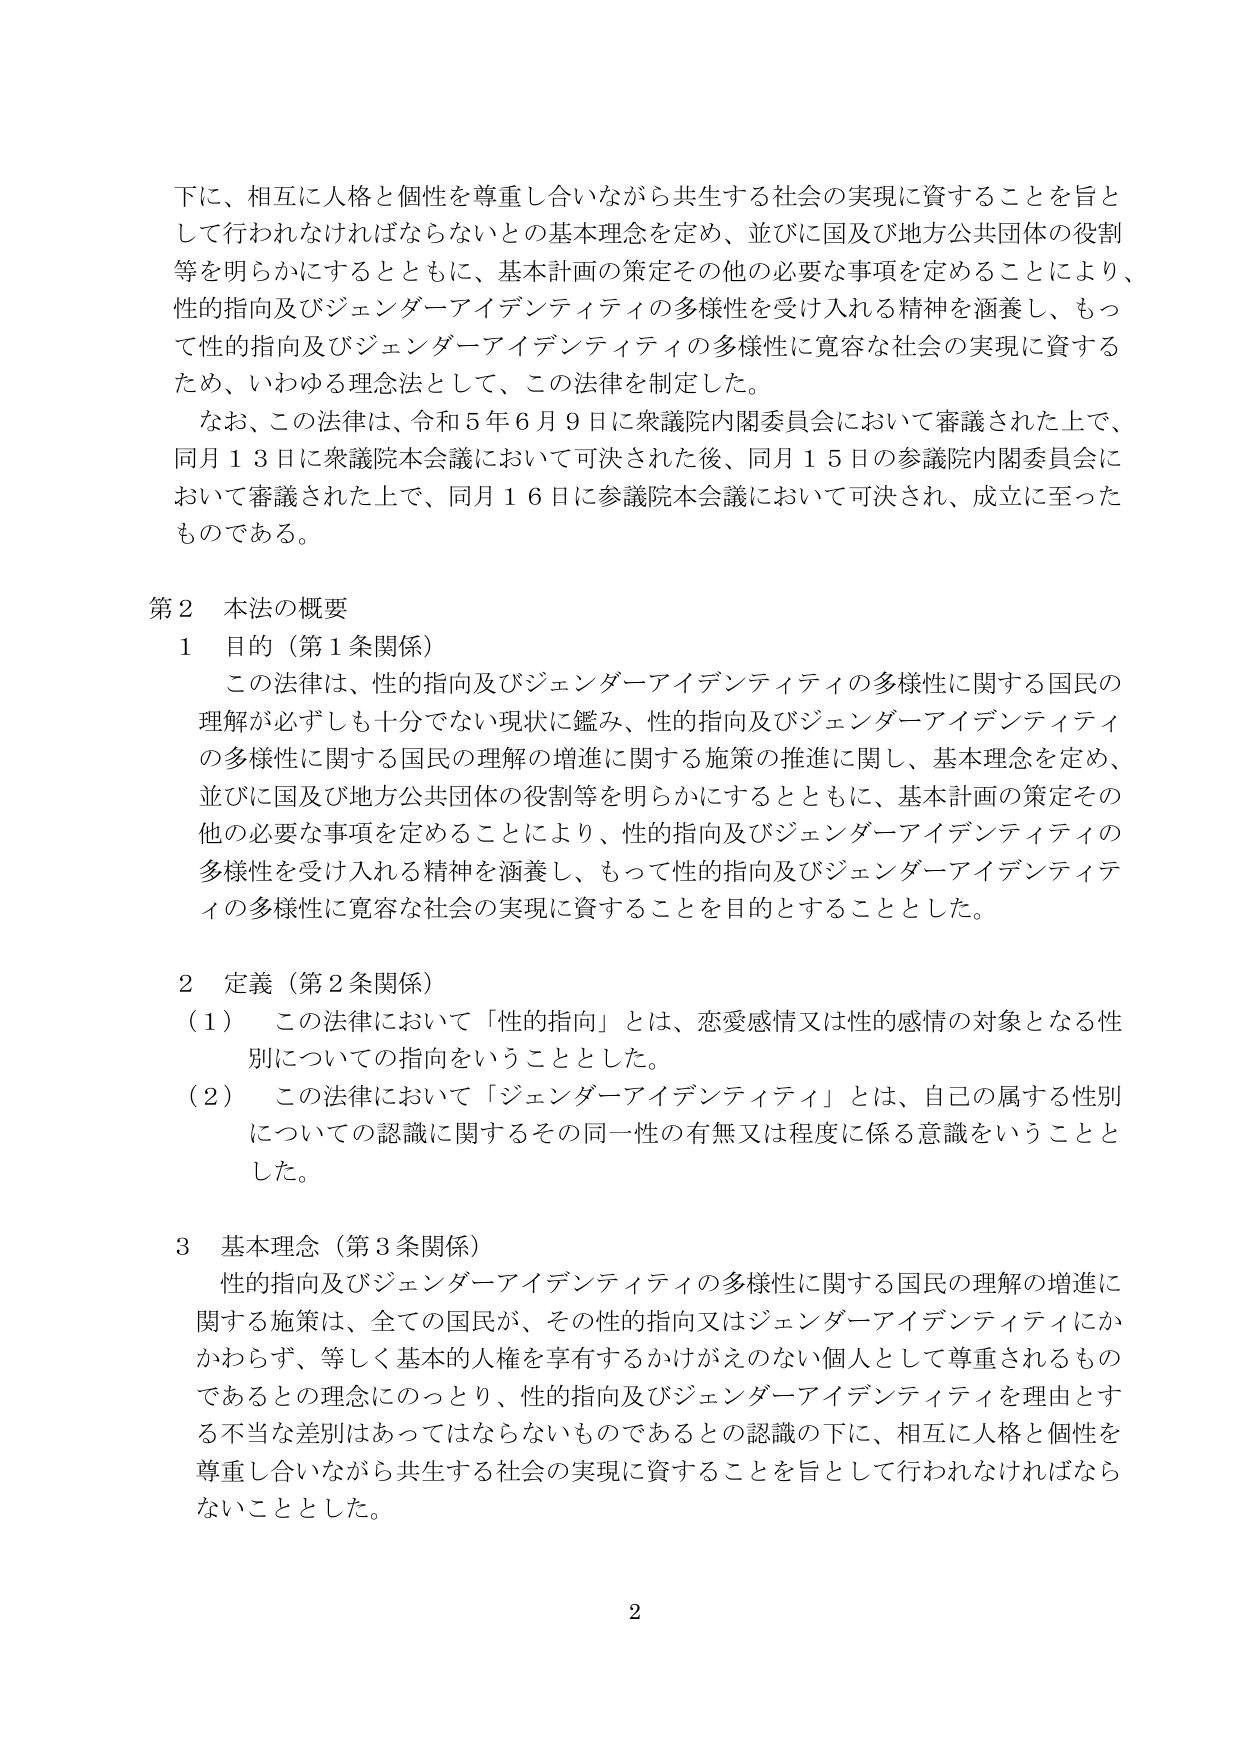
下に、相互に人格と個性を尊重し合いながら共生する社会の実現に資することを旨として行われなければならないとの基本理念を定め、並びに国及び地方公共団体の役割等を明らかにするとともに、基本計画の策定その他の必要な事項を定めることにより、性的指向及びジェンダーイデンティティの多様性を受け入れる精神を涵養し、もって性的指向及びジェンダーイデンティティの多様性に寛容な社会の実現に資するため、いわゆる理念法として、この法律を制定した。

なお、この法律は、令和５年６月９日に衆議院内閣委員会において審議された上で、同月１３日に衆議院本会議において可決された後、同月１５日の参議院内閣委員会において審議された上で、同月１６日に参議院本会議において可決され、成立に至ったものである。

第２ 本法の概要

１ 目的（第１条関係）

この法律は、性的指向及びジェンダーイデンティティの多様性に関する国民の理解が必ずしも十分でない現状に鑑み、性的指向及びジェンダーイデンティティの多様性に関する国民の理解の増進に関する施策の推進に関し、基本理念を定め、並びに国及び地方公共団体の役割等を明らかにするとともに、基本計画の策定その他の必要な事項を定めることにより、性的指向及びジェンダーイデンティティの多様性を受け入れる精神を涵養し、もって性的指向及びジェンダーイデンティティの多様性に寛容な社会の実現に資することを目的とすることとした。

２ 定義（第２条関係）

（１） この法律において「性的指向」とは、恋愛感情又は性的感情の対象となる性別についての指向をいうこととした。

（２） この法律において「ジェンダーイデンティティ」とは、自己の属する性別についての認識に関するその同一性の有無又は程度に係る意識をいうこととした。

３ 基本理念（第３条関係）

性的指向及びジェンダーイデンティティの多様性に関する国民の理解の増進に関する施策は、全ての国民が、その性的指向又はジェンダーイデンティティにかかわらず、等しく基本的人権を享有するかげがえのない個人として尊重されるものであるとの理念にのっとり、性的指向及びジェンダーイデンティティを理由とする不当な差別はあってはならないものであるとの認識の下に、相互に人格と個性を尊重し合いながら共生する社会の実現に資することを旨として行われなければならないこととした。

2